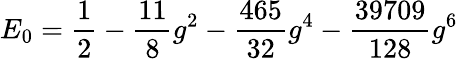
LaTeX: E_{0}=\frac{1}{2}-\frac{11}{8}g^{2}-\frac{465}{32}g^{4}-\frac{39709}{128}g^{6}